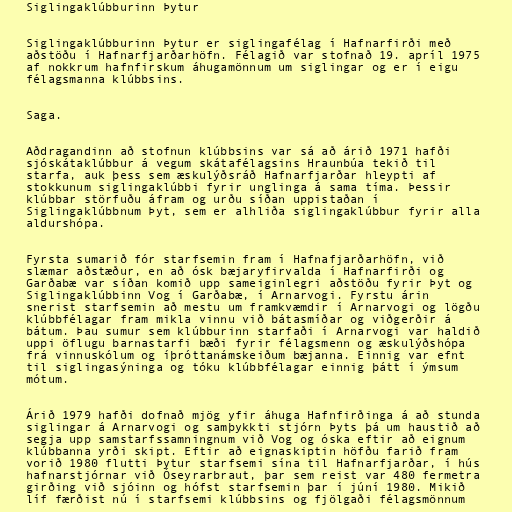
Siglingaklúbburinn Þytur

Siglingaklúbburinn Þytur er siglingafélag í Hafnarfirði með
aðstöðu í Hafnarfjarðarhöfn. Félagið var stofnað 19. apríl 1975
af nokkrum hafnfirskum áhugamönnum um siglingar og er í eigu
félagsmanna klúbbsins.

Saga.

Aðdragandinn að stofnun klúbbsins var sá að árið 1971 hafði
sjóskátaklúbbur á vegum skátafélagsins Hraunbúa tekið til
starfa, auk þess sem æskulýðsráð Hafnarfjarðar hleypti af
stokkunum siglingaklúbbi fyrir unglinga á sama tíma. Þessir
klúbbar störfuðu áfram og urðu síðan uppistaðan í
Siglingaklúbbnum Þyt, sem er alhliða siglingaklúbbur fyrir alla
aldurshópa.

Fyrsta sumarið fór starfsemin fram í Hafnafjarðarhöfn, við
slæmar aðstæður, en að ósk bæjaryfirvalda í Hafnarfirði og
Garðabæ var síðan komið upp sameiginlegri aðstöðu fyrir Þyt og
Siglingaklúbbinn Vog í Garðabæ, í Arnarvogi. Fyrstu árin
snerist starfsemin að mestu um framkvæmdir í Arnarvogi og lögðu
klúbbfélagar fram mikla vinnu við bátasmíðar og viðgerðir á
bátum. Þau sumur sem klúbburinn starfaði í Arnarvogi var haldið
uppi öflugu barnastarfi bæði fyrir félagsmenn og æskulýðshópa
frá vinnuskólum og íþróttanámskeiðum bæjanna. Einnig var efnt
til siglingasýninga og tóku klúbbfélagar einnig þátt í ýmsum
mótum.

Árið 1979 hafði dofnað mjög yfir áhuga Hafnfirðinga á að stunda
siglingar á Arnarvogi og samþykkti stjórn Þyts þá um haustið að
segja upp samstarfssamningnum við Vog og óska eftir að eignum
klúbbanna yrði skipt. Eftir að eignaskiptin höfðu farið fram
vorið 1980 flutti Þytur starfsemi sína til Hafnarfjarðar, í hús
hafnarstjórnar við Óseyrarbraut, þar sem reist var 480 fermetra
girðing við sjóinn og hófst starfsemin þar í júní 1980. Mikið
líf færðist nú í starfsemi klúbbsins og fjölgaði félagsmönnum